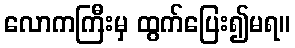
လောကကြီးမှ ထွက်ပြေး၍မရ။